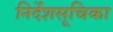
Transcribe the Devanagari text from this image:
निर्देशसूचिका